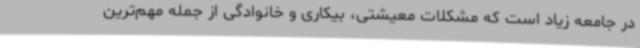
در جامعه زیاد است که مشکلات معیشتی، بیکاری و خانوادگی از جمله مهم‌ترین